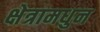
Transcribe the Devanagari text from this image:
क्षेत्रामधुन